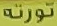
تورتة